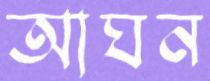
আঘন